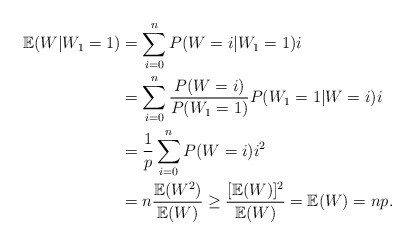
\begin{align*}\mathbb{E}(W | W_1 = 1) &= \sum_{i=0}^n P(W = i | W_1 = 1) i \\&= \sum_{i=0}^n \frac{P(W=i)}{P( W_1 = 1)} P(W_1 = 1 | W = i) i \\&= \frac{1}{p} \sum_{i=0}^n P(W = i) i^2 \\&= n\frac{\mathbb{E}(W^2)}{\mathbb{E}(W)} \geq \frac{[\mathbb{E}(W)]^2}{\mathbb{E}(W)} = \mathbb{E}(W) = np.\end{align*}